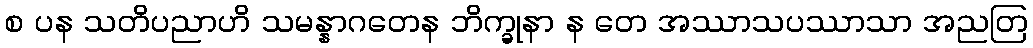
စ ပန သတိပညာဟိ သမန္နာဂတေန ဘိက္ခုနာ န တေ အဿာသပဿာသာ အညတြ